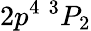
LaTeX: {2p^{4}~^{3}P_{2}}